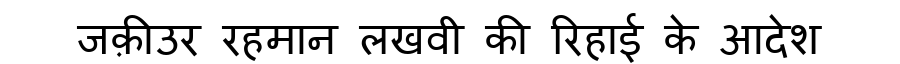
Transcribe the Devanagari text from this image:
जक़ीउर रहमान लखवी की रिहाई के आदेश